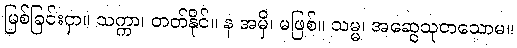
မြစ်ခြင်းငှာ။ သက္ကာ၊ တတ်နိုင်။ န အမှိ၊ မဖြစ်။ သမ္မ၊ အဆွေသုတသောမ။